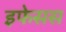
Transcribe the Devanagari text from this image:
इफेसस